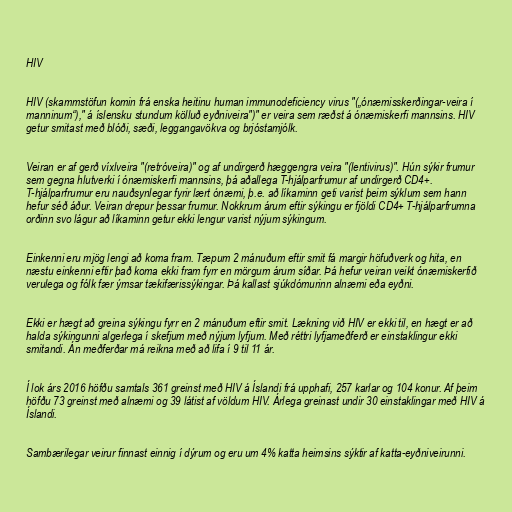
HIV

HIV (skammstöfun komin frá enska heitinu human immunodeficiency virus "(„ónæmisskerðingar-veira í
manninum“)," á íslensku stundum kölluð eyðniveira")" er veira sem ræðst á ónæmiskerfi mannsins. HIV
getur smitast með blóði, sæði, leggangavökva og brjóstamjólk.

Veiran er af gerð víxlveira "(retróveira)" og af undirgerð hæggengra veira "(lentivirus)". Hún sýkir frumur
sem gegna hlutverki í ónæmiskerfi mannsins, þá aðallega T-hjálparfrumur af undirgerð CD4+.
T-hjálparfrumur eru nauðsynlegar fyrir lært ónæmi, þ.e. að líkaminn geti varist þeim sýklum sem hann
hefur séð áður. Veiran drepur þessar frumur. Nokkrum árum eftir sýkingu er fjöldi CD4+ T-hjálparfrumna
orðinn svo lágur að líkaminn getur ekki lengur varist nýjum sýkingum.

Einkenni eru mjög lengi að koma fram. Tæpum 2 mánuðum eftir smit fá margir höfuðverk og hita, en
næstu einkenni eftir það koma ekki fram fyrr en mörgum árum síðar. Þá hefur veiran veikt ónæmiskerfið
verulega og fólk fær ýmsar tækifærissýkingar. Þá kallast sjúkdómurinn alnæmi eða eyðni.

Ekki er hægt að greina sýkingu fyrr en 2 mánuðum eftir smit. Lækning við HIV er ekki til, en hægt er að
halda sýkingunni algerlega í skefjum með nýjum lyfjum. Með réttri lyfjameðferð er einstaklingur ekki
smitandi. Án meðferðar má reikna með að lifa í 9 til 11 ár.

Í lok árs 2016 höfðu samtals 361 greinst með HIV á Íslandi frá upphafi, 257 karlar og 104 konur. Af þeim
höfðu 73 greinst með alnæmi og 39 látist af völdum HIV. Árlega greinast undir 30 einstaklingar með HIV á
Íslandi.

Sambærilegar veirur finnast einnig í dýrum og eru um 4% katta heimsins sýktir af katta-eyðniveirunni.